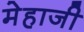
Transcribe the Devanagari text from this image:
मेहाजी